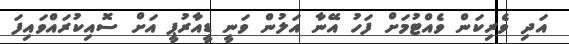
އަދި ވެރިކަން ވެއްޓުމަށް ފަހު އޭނާ އަލުން ވަނީ ޑީއާރުޕީ އަށް ސޮއިކުރައްވައިފަ